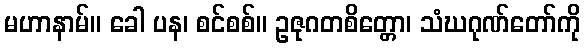
မဟာနာမ်။ ခေါ ပန၊ စင်စစ်။ ဥဇုဂတစိတ္တော၊ သံဃဂုဏ်တော်ကို